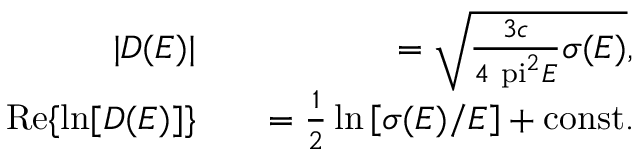
\begin{array} { r l r } { | D ( E ) | } & { { } } & { = \sqrt { \frac { 3 c } { 4 \mathrm { \ p i } ^ { 2 } E } \sigma ( E ) } , } \\ { \mathrm { R e } \{ \ln [ D ( E ) ] \} } & { { } } & { = \frac { 1 } { 2 } \ln \left[ \sigma ( E ) / E \right] + \mathrm { c o n s t . } } \end{array}